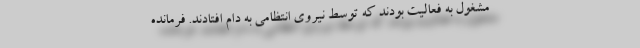
مشغول به فعالیت بودند که توسط نیروی انتظامی به دام افتادند. فرمانده